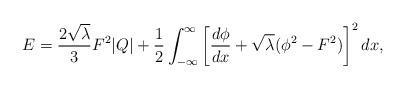
LaTeX: \begin{align*}E = { {2 \sqrt{\lambda}} \over 3} F^2 | Q | + {1 \over 2} \int^{\infty}_{-\infty} \left[ {{d \phi} \over {dx}} + \sqrt{\lambda} (\phi^2 - F^2) \right]^2 dx,\end{align*}